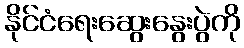
နိုင်ငံရေးဆွေးနွေးပွဲကို